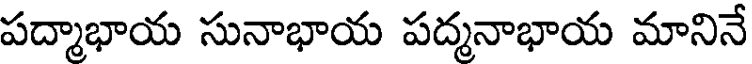
పద్మాభాయ సునాభాయ పద్మనాభాయ మానినే